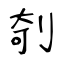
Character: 剞